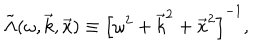
\tilde { \Lambda } ( \omega , \vec { k } , \vec { x } ) \equiv \left[ \omega ^ { 2 } + \vec { k } ^ { 2 } + \vec { x } ^ { 2 } \right] ^ { - 1 } ,